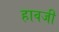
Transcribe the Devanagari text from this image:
हावजी